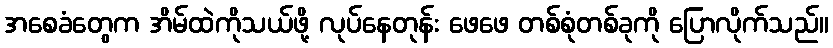
အစေခံတွေက အိမ်ထဲကိုသယ်ဖို့ လုပ်နေတုန်း ဖေဖေ တစ်စုံတစ်ခုကို ပြောလိုက်သည်။